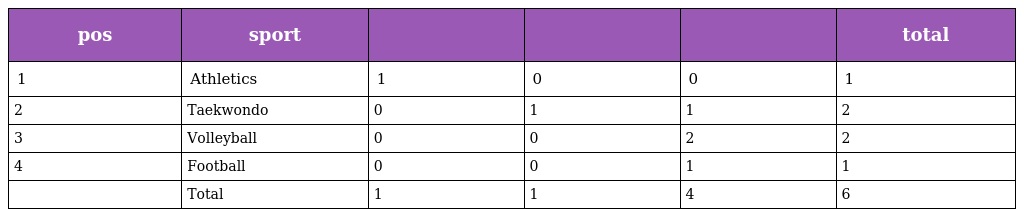
| pos | sport |  |  |  | total |
 | --- | --- | --- | --- | --- | --- |
 | 1 | Athletics | 1 | 0 | 0 | 1 |
 | 2 | Taekwondo | 0 | 1 | 1 | 2 |
 | 3 | Volleyball | 0 | 0 | 2 | 2 |
 | 4 | Football | 0 | 0 | 1 | 1 |
 |  | Total | 1 | 1 | 4 | 6 |